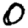
Digit: 0